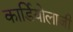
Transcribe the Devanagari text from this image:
कार्डियोलाजी